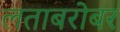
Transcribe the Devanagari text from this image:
लताबरोबर